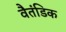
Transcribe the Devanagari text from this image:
वैतंडिक